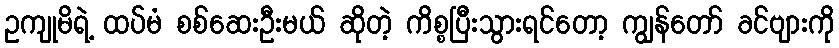
ဥကျုမိရဲ့ ထပ်မံ စစ်ဆေးဦးမယ် ဆိုတဲ့ ကိစ္စပြီးသွားရင်တော့ ကျွန်တော် ခင်ဗျားကို